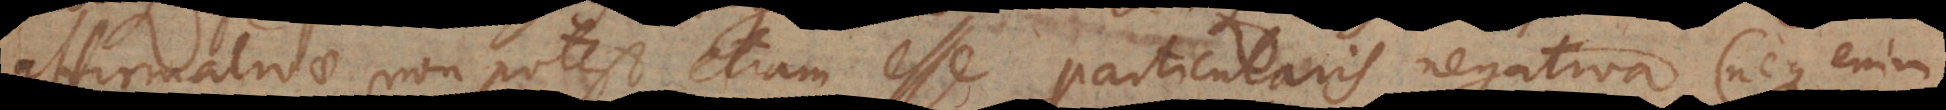
affirmativae non potest etiam esse particularis negativa (neque enim